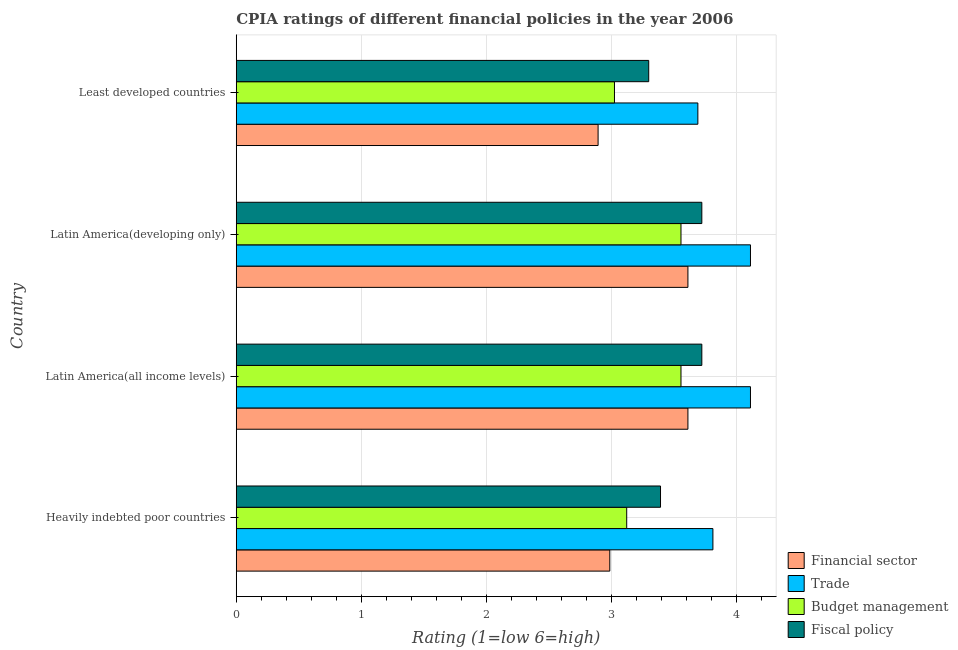
| Country | Financial sector | Trade | Budget management | Fiscal policy |
 | --- | --- | --- | --- | --- |
 | Heavily indebted poor countries | 2.99 | 3.81 | 3.12 | 3.39 |
 | Latin America(all income levels) | 3.61 | 4.11 | 3.56 | 3.72 |
 | Latin America(developing only) | 3.61 | 4.11 | 3.56 | 3.72 |
 | Least developed countries | 2.89 | 3.69 | 3.02 | 3.3 |